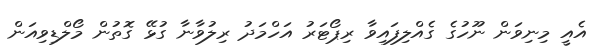
އެއީ މިނިވަން ނޫހުގެ ގެއްލިފައިވާ ރިޕޯޓަރު އަހްމަދު ރިލުވާނާ ގުޅޭ ގޮތުން މޯލްޑިވިއަން